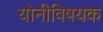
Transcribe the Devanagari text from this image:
योनीविषयक